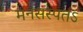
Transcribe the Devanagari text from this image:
मनसस्पतऽ